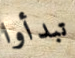
تبدأوا